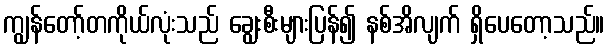
ကျွန်တော့်တကိုယ်လုံးသည် ချွေးစီးများပြန်၍ နစ်အိလျက် ရှိပေတော့သည်။